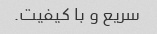
سریع و با کیفیت.